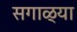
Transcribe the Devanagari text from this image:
सगाळ्या